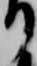
り